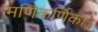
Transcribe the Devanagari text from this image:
मणिकर्णिका।